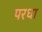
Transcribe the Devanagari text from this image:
परधा